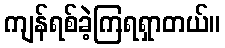
ကျန်ရစ်ခဲ့ကြရရှာတယ်။